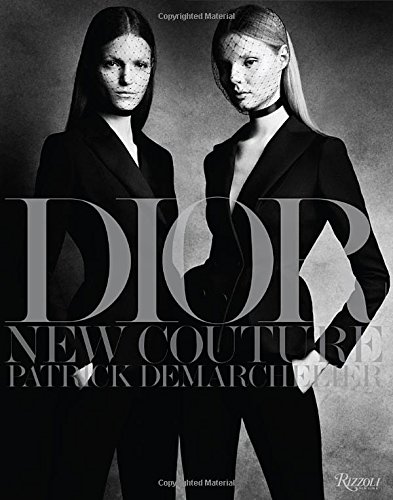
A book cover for Dior: New Couture; Arts & Photography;